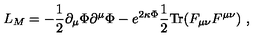
L _ { M } = - \frac { 1 } { 2 } \partial _ { \mu } \Phi \partial ^ { \mu } \Phi - e ^ { 2 \kappa \Phi } \frac { 1 } { 2 } \mathrm { T r } ( F _ { \mu \nu } F ^ { \mu \nu } ) \ ,